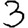
Digit: 3